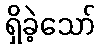
ရှိခဲ့သော်